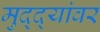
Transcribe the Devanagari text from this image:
मुद्‌द्‌यांवर